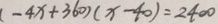
( - 4 x + 3 6 0 ) ( x - 4 0 ) = 2 4 0 0